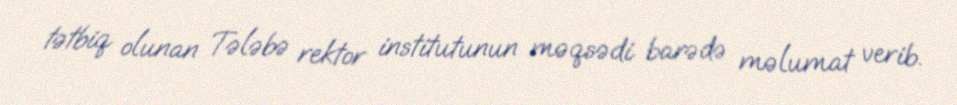
tətbiq olunan Tələbə rektor institutunun məqsədi barədə məlumat verib.